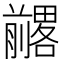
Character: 𱐨